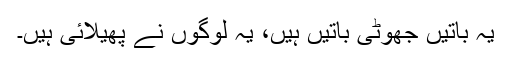
یہ باتیں جھوٹی باتیں ہیں، یہ لوگوں نے پھیلائی ہیں۔